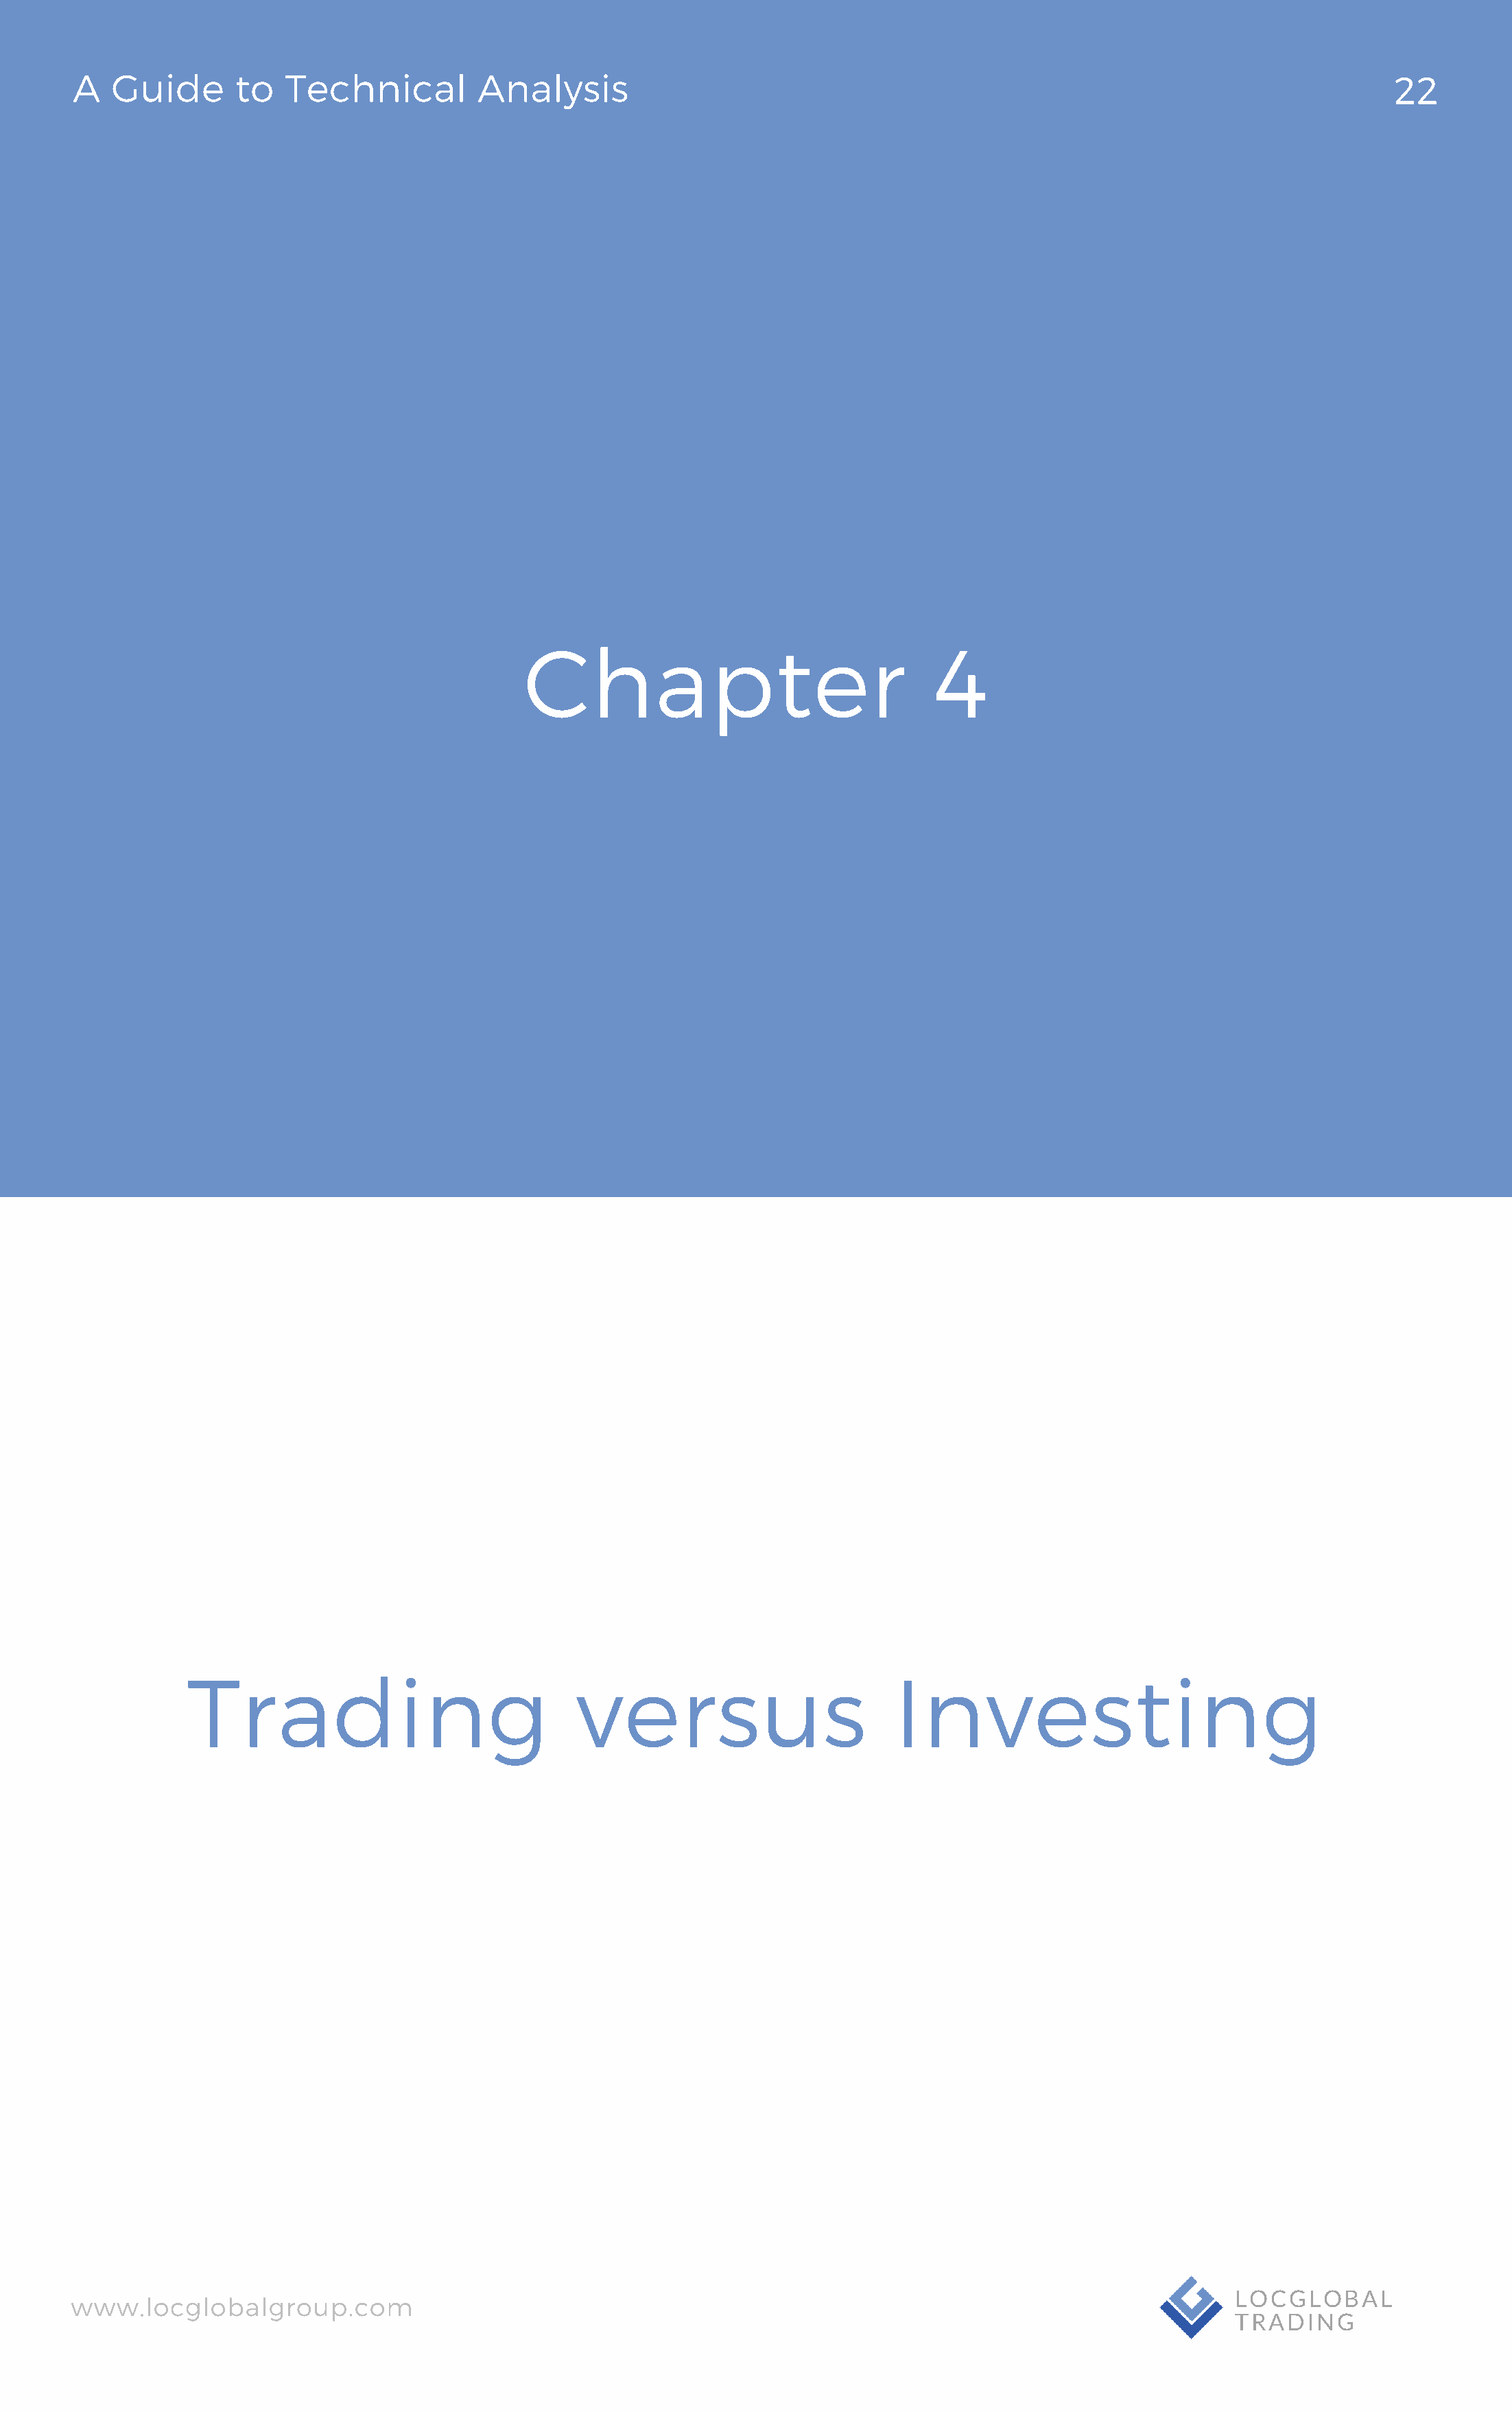
A   Guide       to  Technical          Analysis                                                                                22
 Chapter                                4
 Trading                               versus                        Investing
 www.locglobalgroup.com                                                                                          LOCGLOBAL
 TRADING